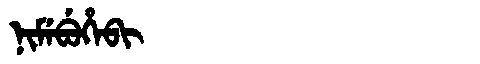
Manchu: ᠨᡳᠮᡝᠪᡠᡥᡝᠪᡳ
Romanization: NIMEBUHEBI